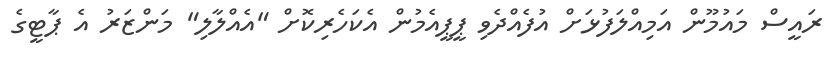
ރައީސް މައުމޫން އަމިއްލަފުޅަށް އުފެއްދެވި ޕީޕީއެމުން އެކަހެރިކޮށް "އެއްލާލި" މަންޒަރު އެ ޕާޓީގެ